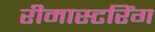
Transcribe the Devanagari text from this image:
रीमास्टरिंग